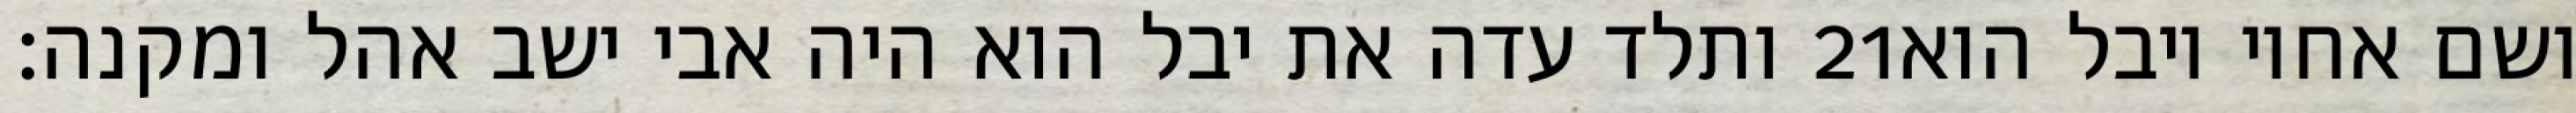
ותלד עדה את יבל הוא היה אבי ישב אהל ומקנה׃ ‎21‏ ושם אחיו יובל הוא